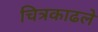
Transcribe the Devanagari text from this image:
चित्रकाढले